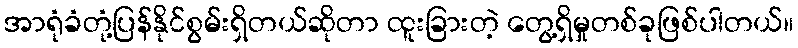
အာရုံခံတုံ့ပြန်နိုင်စွမ်းရှိတယ်ဆိုတာ ထူးခြားတဲ့ တွေ့ရှိမှုတစ်ခုဖြစ်ပါတယ်။